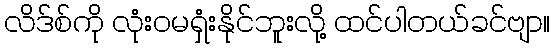
လိဒ်စ်ကို လုံးဝမရှံးနိုင်ဘူးလို့ ထင်ပါတယ်ခင်ဗျာ။